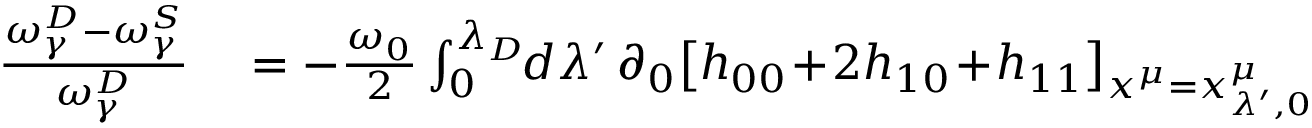
\begin{array} { r l } { \frac { \omega _ { \gamma } ^ { D } - \omega _ { \gamma } ^ { S } } { \omega _ { \gamma } ^ { D } } } & { { } = - \frac { \omega _ { 0 } } { 2 } \int _ { 0 } ^ { \lambda _ { D } } \! \! d \lambda ^ { \prime } \, \partial _ { 0 } \big [ h _ { 0 0 } \! + \! 2 h _ { 1 0 } \! + \! h _ { 1 1 } \big ] _ { x ^ { \mu } = x _ { \lambda ^ { \prime } , 0 } ^ { \mu } } } \end{array}